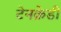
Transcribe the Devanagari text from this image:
टेनक्रेडी